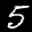
Label: 5